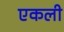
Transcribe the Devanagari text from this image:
एकली